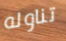
تناوله